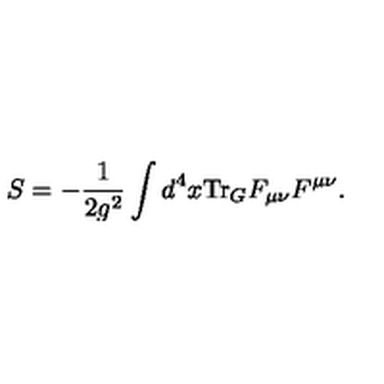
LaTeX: S = - \frac { 1 } { 2 g ^ { 2 } } \int d ^ { 4 } x \mathrm { T r } _ { G } F _ { \mu \nu } F ^ { \mu \nu } .